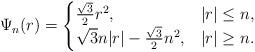
LaTeX: \begin{align*}\Psi_n(r)=\begin{cases}\frac{\sqrt{3}}{2}r^2,&|r|\leq n,\\\sqrt{3}n|r|-\frac{\sqrt{3}}{2}n^2,&|r|\geq n.\end{cases}\end{align*}